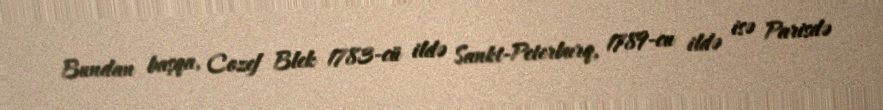
Bundan başqa, Cozef Blek 1783-cü ildə Sankt-Peterburq, 1789-cu ildə isə Parisdə